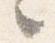
々